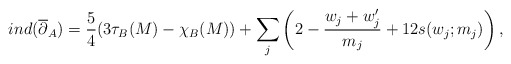
\begin{align*}ind(\overline{\partial}_A) = \frac{5}{4}( 3\tau_B(M) - \chi_B(M) ) + \sum_j \left( 2 - \frac{w_j + w'_j}{m_j} + 12 s(w_j ; m_j) \right),\end{align*}